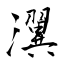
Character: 瀷